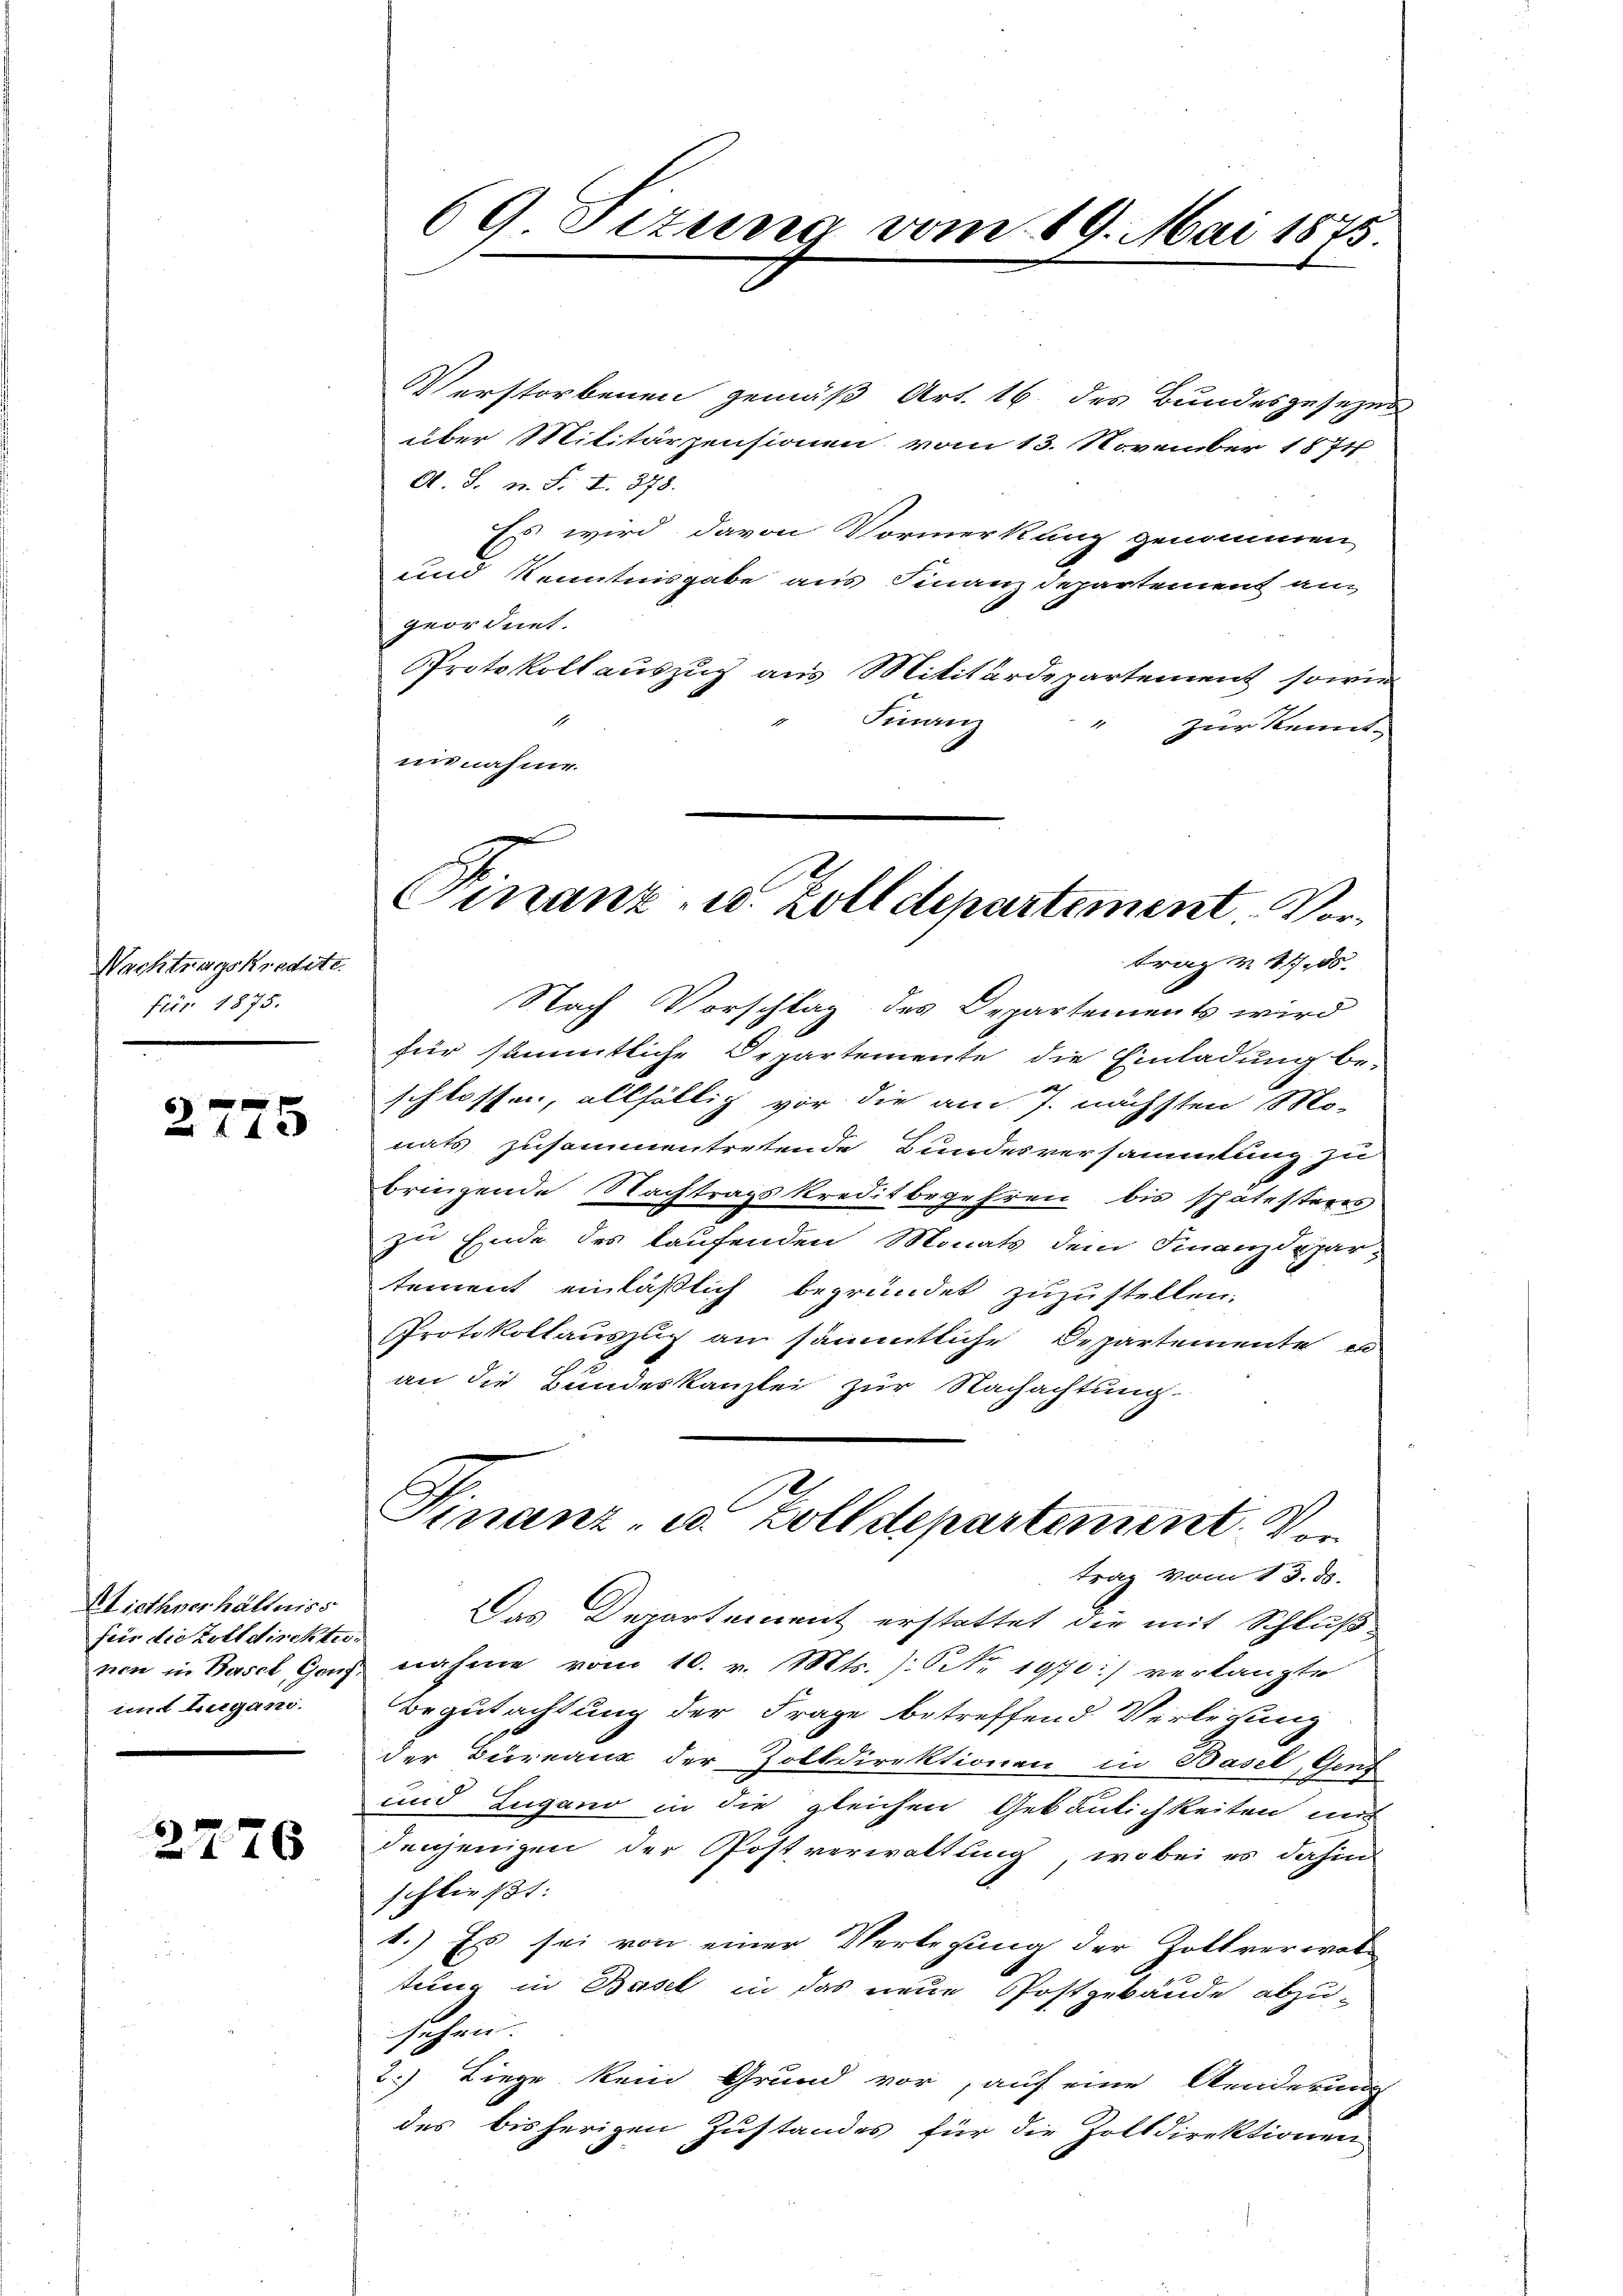
Nachtragskredete.
Fr. 1875.

6
4 x

Miethverhältniss
für die Zolldischte.
imd Lugano.

2776

Verstorbenen gemäß Art. 16. des Bundesgesezes
über Militärpensionen vom 13. November 1874
A. S. n. F. I. 378.
Es wird davon Vormerkung genommen
und Kenntnisgabe aus Finanzdepartement an
geordnet.
Protokoll auszug aus Militärdepartement sowie
Finanz
1
zur Kenntinnahme.
trag v. 185
Nach Vorschlag des Departements wird
für sämmtliche Departemente die Einladung be-
x
schlossen, allfällig vor die am s. nächsten Mo-
nats zusammentretende Bundesversammlung zu
bringende Nachtragskreditbegehren bis spätestens
zu Ende des laufenden Monats dem Finanzdepar-
tement einläßlich begründet zuzustellen.
Protokollauszug an sämmtliche Departemente es
an die Bundeskanzlei zur Nachachtung.
Finanz- u. Zolldepartement. Von
trag vom 13. d.
Das Departement erstattet die mit Schluß
nen in Basel Ganz nahme vom 10. v. Mts. ): No 1970:) verlangte
Begutachtung der Frage betreffend Verlesung
der Bureaux der Zolldirektionen in Basel, Gent
und Zugano in die gleichen Gebäulichkeiten aut
denjenigen der Postverwaltung, wobei es dahin
schließt:
1.) Es sei von einer Verlegung der Zollverwal-
d
tung in Basel in das neue Postgebäude abzu-
sehen.
2.) Liege kein Grund vor, auf eine Aenderung
des bisherigen Zustandes für die Zolldirektionen

69 Situng vom 19. Mai 1875.

Finanz- u. Zolldepartement. Vor¬